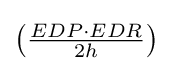
{\textstyle \left({\frac {EDP\cdot EDR}{2h}}\right)}